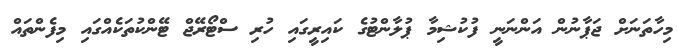
މިހާތަނަށް ޖަޕާނުން އަންނަނީ ފުކުޝިމާ ޕުލާންޓުގެ ކައިރީގައި ހުރި ސްޓޯރޭޖް ޓޭންކުތަކެއްގައި މިފެންތައް